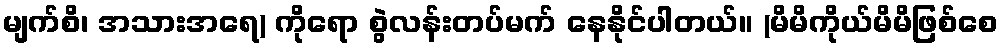
မျက်စိ၊ အသားအရေ) ကိုရော စွဲလန်းတပ်မက် နေနိုင်ပါတယ်။ (မိမိကိုယ်မိမိဖြစ်စေ